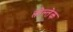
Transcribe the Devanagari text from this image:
तोल्तेक